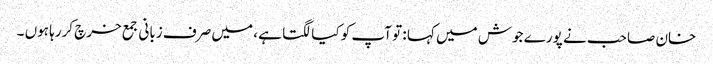
خان صاحب نے پورے جوش میں کہا : تو آپ کو کیا لگتا ہے ، میں صرف زبانی جمع خرچ کررہا ہوں ۔